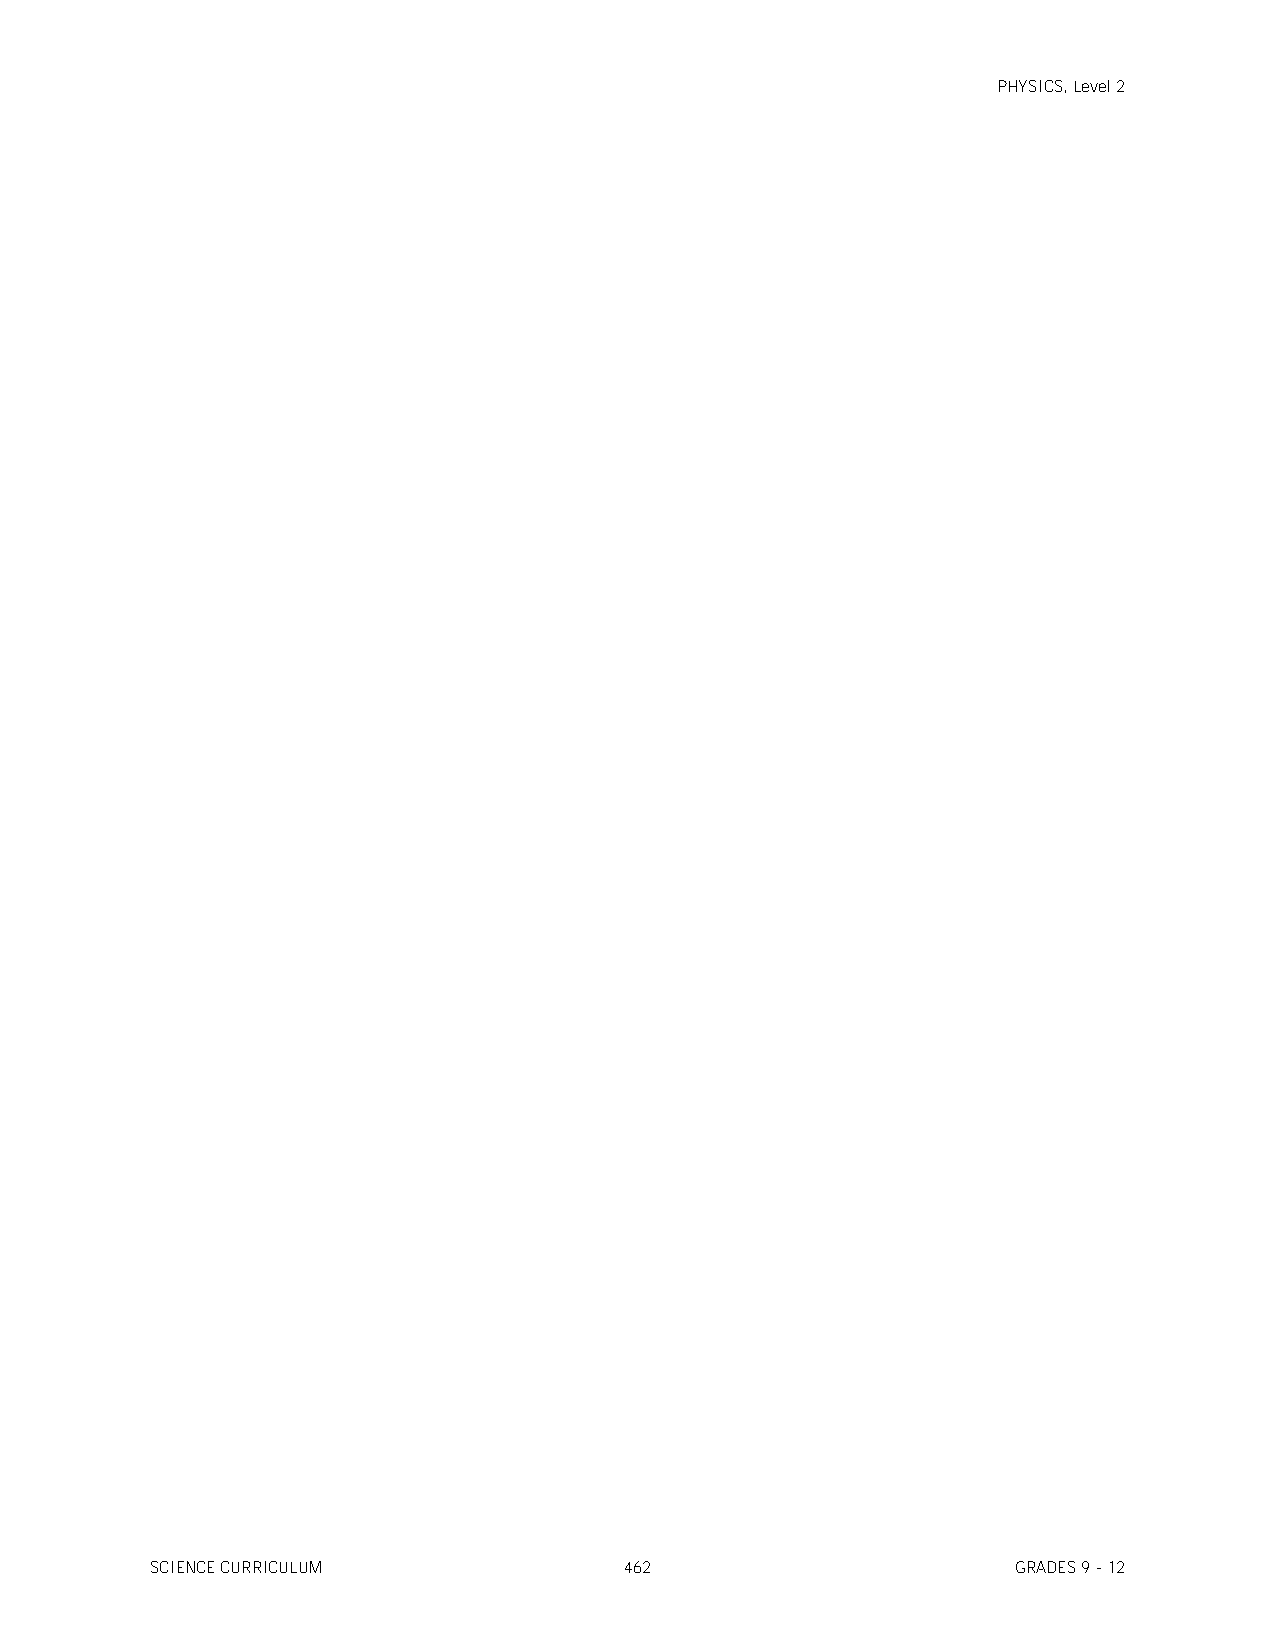
PHYSICS, Level 2
 SCIENCE CURRICULUM             462                       GRADES 9 - 12